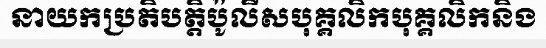
នាយកប្រតិបត្តិប៉ូលីសបុគ្គលិកបុគ្គលិកនិង